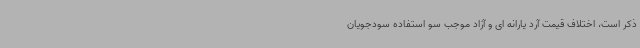
ذکر است، اختلاف قیمت آرد یارانه ای و آزاد موجب سو استفاده سودجویان